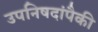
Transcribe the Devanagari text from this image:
उपनिषदांपैकी